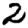
Digit: 2